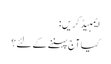
ایمبیڈ کریں:
کیا آج پہننے کے لئے؟